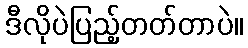
ဒီလိုပဲပြည့်တတ်တာပဲ။